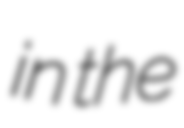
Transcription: in the